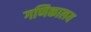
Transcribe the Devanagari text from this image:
गणिकालय